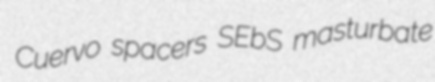
Cuervo spacers SEbS masturbate